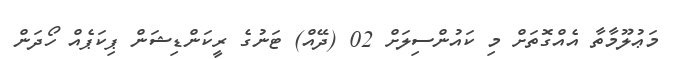
މަޢުލޫމާތާ އެއްގޮތަށް މި ކައުންސިލަށް 02 (ދޭއް) ޓަނުގެ ރީކަންޑިޝަން ޕިކަޕެއް ހޯދަން